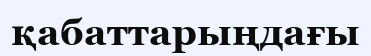
қабаттарыңдағы